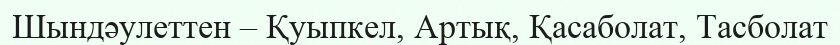
Шындәулеттен – Қуыпкел, Артық, Қасаболат, Тасболат